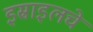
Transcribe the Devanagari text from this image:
इस्राइलचे